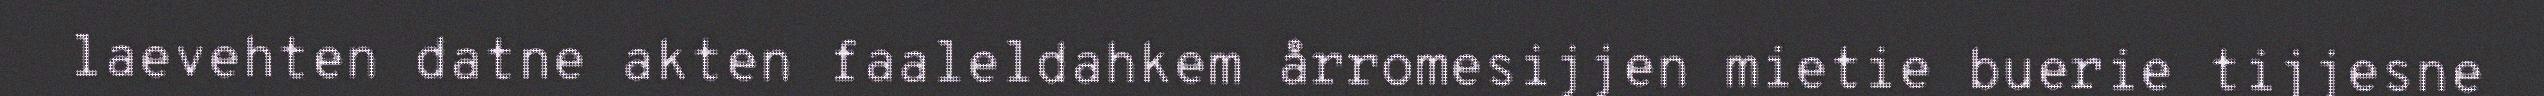
laevehten datne akten faaleldahkem årromesijjen mietie buerie tijjesne